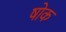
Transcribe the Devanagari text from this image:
षोक